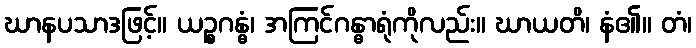
ဃာနပသာဒဖြင့်။ ယဉ္စဂန္ဓံ၊ အကြင်ဂန္ဓာရုံကိုလည်း။ ဃာယတိ၊ နံ၏။ တံ၊